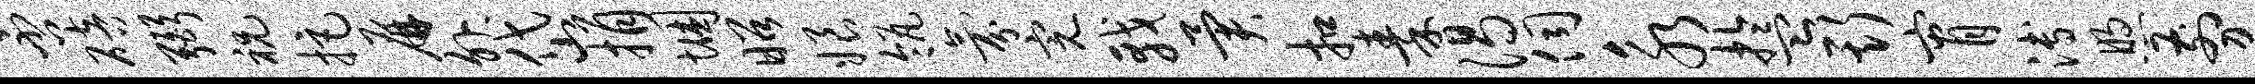
否碚弼祝拒屏外岱捐悃昭娘瓴氛完戟异扣秦渴伺永盂斯宵溥煦剪